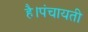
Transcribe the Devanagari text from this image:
है।पंचायती